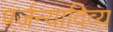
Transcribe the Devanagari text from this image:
पर्जन्यादिव्य